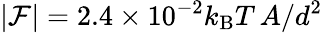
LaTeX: |\mathcal{F}|=2.4\times 10^{-2}k_{\mathrm{B}}T\, A/d^{2}